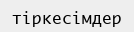
тіркесімдер